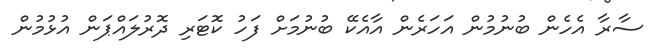
ސާރާ އެހެން ބުނުމުން އަހަރެން އާއެކޭ ބުނުމަށް ފަހު ކޮޓަރި ދޮރުލައްޕަން އުޅުމުން